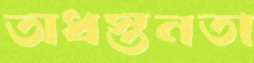
অধস্তনতা